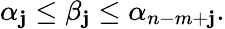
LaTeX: \alpha_{\mathbf{j}}\leq\beta_{\mathbf{j}}\leq\alpha_{n-m+\mathbf{j}}.